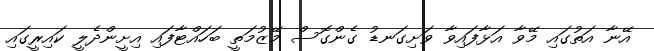
އޭނާ އަތުގައި މޭވާ އަޅާފައިވާ ވަށިގަނޑު ގެންގޮސް މޭޒުމަތީ ބަހައްޓާފައި އިށީންދެލީ ކައިރީގައި